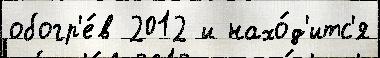
обогр'е́в 2012 и нахо́д'итс'я